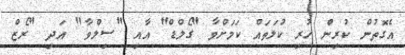
އެގޮތުން ކުރިން ހުރި ކުލަތައް ކަމަށްވާ "ގޯލްޑް" އާއި "ސިލްވާ" އަދި "ރޯޒް